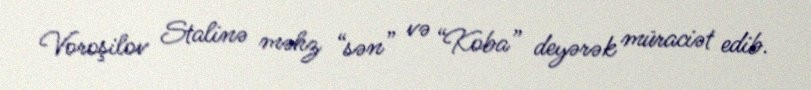
Voroşilov Stalinə məhz “sən” və “Koba” deyərək müraciət edib.